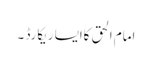
امام الحق کاایسا ریکارڈ ۔